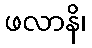
ဖလာနိ၊